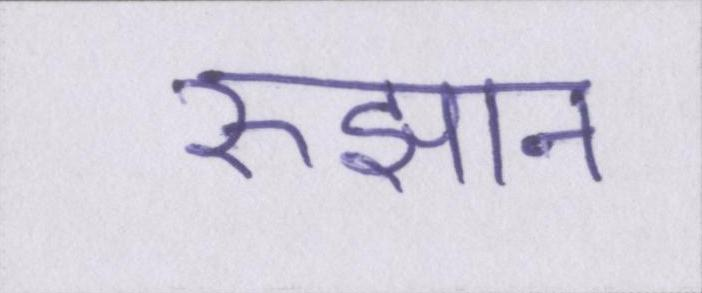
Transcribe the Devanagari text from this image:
रुझान